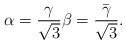
LaTeX: \begin{align*}\alpha = \frac{\gamma}{\sqrt{3}} \beta = \frac{\bar{\gamma}}{\sqrt{3}}.\end{align*}